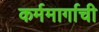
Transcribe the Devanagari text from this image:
कर्ममार्गाची